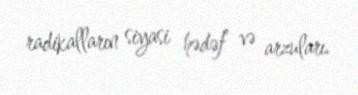
radikalların siyasi hədəf və arzuları.